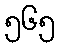
၅၆၅